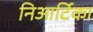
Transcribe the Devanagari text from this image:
निआर्टिका